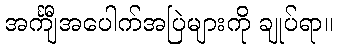
အင်္ကျီအပေါက်အပြဲများကို ချုပ်ရာ။